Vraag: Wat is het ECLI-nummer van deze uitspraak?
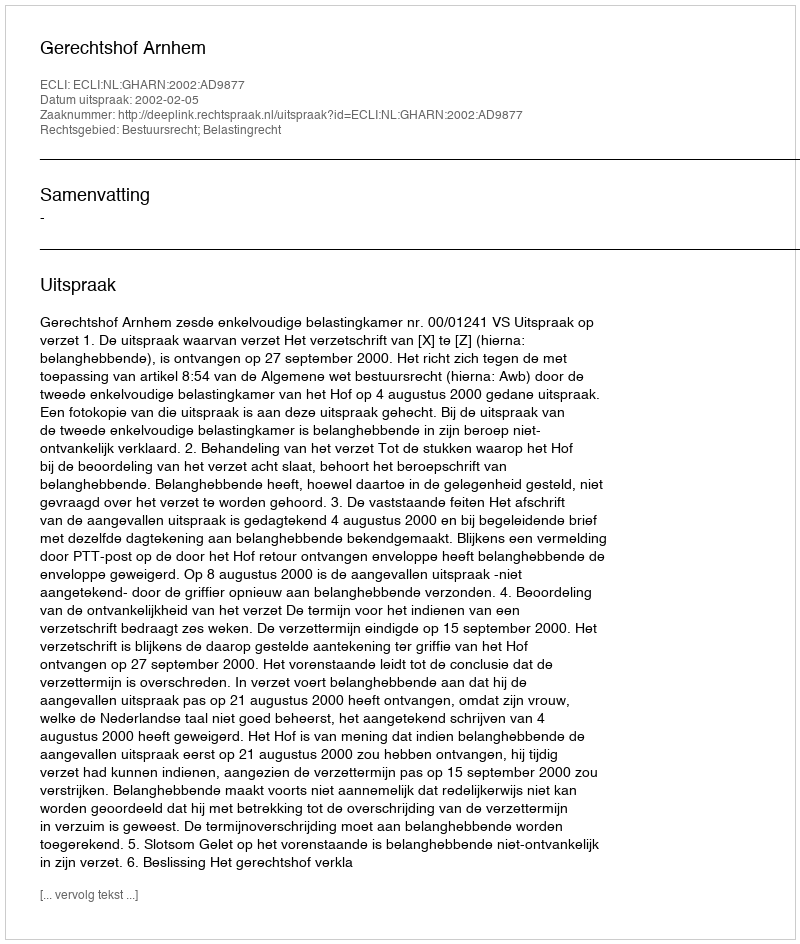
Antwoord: ECLI:NL:GHARN:2002:AD9877